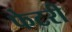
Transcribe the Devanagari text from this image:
फेटरी